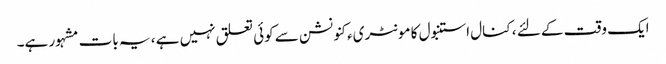
ایک وقت کے لئے ، کنال استنبول کا مونٹریء کنونشن سے کوئی تعلق نہیں ہے ، یہ بات مشہور ہے۔